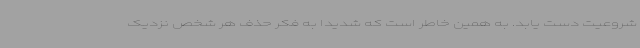
شروعیت دست یابد. به همین خاطر است که شدیدا به فکر حذف هر شخص نزدیک